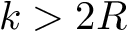
k > 2 R